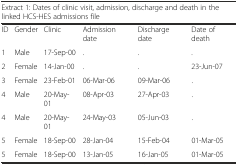
| <COLSPAN=6> Extract 1: Dates of clinic visit, admission, discharge and death in the linked HCS-HES admissions file |
 | --- | --- | --- | --- | --- | --- |
 | ID | Gender | Clinic | Admission date | Discharge date | Date of death |
 | 1 | Male | 17-Sep-00 | . | . | . |
 | 2 | Female | 14-Jan-00 | . | . | 23-Jun-07 |
 | 3 | Female | 23-Feb-01 | 06-Mar-06 | 09-Mar-06 | . |
 | 4 | Male | 20-May-01 | 08-Apr-03 | 27-Apr-03 | . |
 | 4 | Male | 20-May-01 | 24-May-03 | 05-Jun-03 | . |
 | 5 | Female | 18-Sep-00 | 28-Jan-04 | 15-Feb-04 | 01-Mar-05 |
 | 5 | Female | 18-Sep-00 | 13-Jan-05 | 16-Jan-05 | 01-Mar-05 |